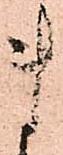
ま